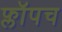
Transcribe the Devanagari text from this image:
फ्लॉपच